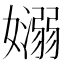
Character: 𡣄